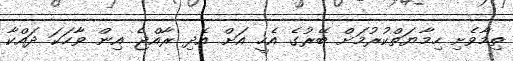
ތިމާވެށި ހިމާޔަތްކުރުމަށް ބޭރުގެ އެހީ އަށް އެދި ރާއްޖެ އިން ވާހަކަ ދައްކާ